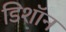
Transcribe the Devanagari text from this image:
डिशॉन